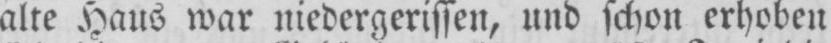
alte Haus war niedergerissen, und schon erhoben